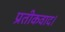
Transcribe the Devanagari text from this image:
प्रतीकवाद।